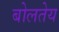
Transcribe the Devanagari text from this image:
बोलतेय